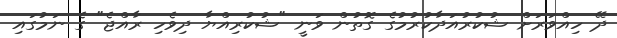
ދޭ ހިއްވަރަށް ޝުކުރުއަދާކުރުމުގެ ގޮތުން ވަނީ "ޝުކުރިއްޔާ ދިވެހި ރާއްޖެ" ގެ ނަމުގައި